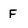
Character: F